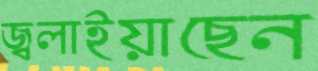
জ্বলাইয়াছেন